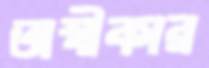
অস্বীকার